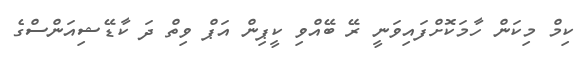
ކިމް މިކަން ހާމަކޮށްފައިވަނީ ރޭ ބޭއްވި ކީޕިން އަޕް ވިތް ދަ ކާޑޭޝިއަންސްގެ